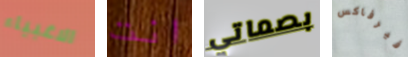
الاغبياء انت بصماتي فيرفاكس